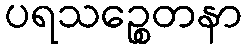
ပရသဉ္စေတနာ